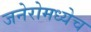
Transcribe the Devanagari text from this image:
जनेरोमध्येच